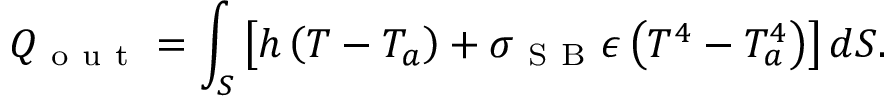
Q _ { \mathrm { ~ o ~ u ~ t ~ } } = \int _ { S } \left[ h \left( T - T _ { a } \right) + \sigma _ { \mathrm { ~ S ~ B ~ } } \epsilon \left( T ^ { 4 } - T _ { a } ^ { 4 } \right) \right] d S .